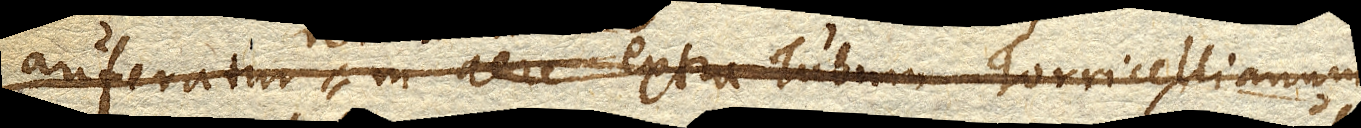
auferatur in aere extra Tubum Torricellianum